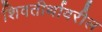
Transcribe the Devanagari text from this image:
शिवतीर्थावरील